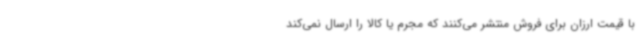
با قیمت ارزان برای فروش منتشر می‌کنند که مجرم یا کالا را ارسال نمی‌کند